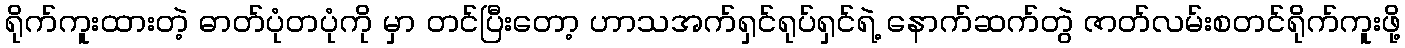
ရိုက်ကူးထားတဲ့ ဓာတ်ပုံတပုံကို မှာ တင်ပြီးတော့ ဟာသအက်ရှင်ရုပ်ရှင်ရဲ့ နောက်ဆက်တွဲ ဇာတ်လမ်းစတင်ရိုက်ကူးဖို့